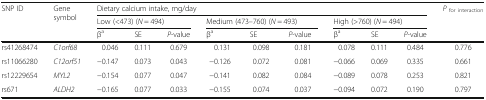
<table><thead><tr><td rowspan="3"><b>SNP ID</b></td><td rowspan="3"><b>Gene symbol</b></td><td colspan="9"><b>Dietary calcium intake, mg/day</b></td><td rowspan="3"><b><i>P</i><sub>for interaction</sub></b></td></tr><tr><td colspan="3"><b>Low (&lt;473) (<i>N</i> = 494)</b></td><td colspan="3"><b>Medium (473–760) (<i>N</i> = 493)</b></td><td colspan="3"><b>High (&gt;760) (<i>N</i> = 494)</b></td></tr><tr><td><b>β<sup>a</sup></b></td><td><b>SE</b></td><td><b><i>P</i>-value</b></td><td><b>β<sup>a</sup></b></td><td><b>SE</b></td><td><b><i>P</i>-value</b></td><td><b>β<sup>a</sup></b></td><td><b>SE</b></td><td><b><i>P</i>-value</b></td></tr></thead><tbody><tr><td>rs41268474</td><td><i>C1orf68</i></td><td>0.046</td><td>0.111</td><td>0.679</td><td>0.131</td><td>0.098</td><td>0.181</td><td>0.078</td><td>0.111</td><td>0.484</td><td>0.776</td></tr><tr><td>rs11066280</td><td><i>C12orf51</i></td><td>−0.147</td><td>0.073</td><td>0.043</td><td>−0.126</td><td>0.072</td><td>0.081</td><td>−0.066</td><td>0.069</td><td>0.335</td><td>0.661</td></tr><tr><td>rs12229654</td><td><i>MYL2</i></td><td>−0.154</td><td>0.077</td><td>0.047</td><td>−0.141</td><td>0.082</td><td>0.084</td><td>−0.089</td><td>0.078</td><td>0.253</td><td>0.821</td></tr><tr><td>rs671</td><td><i>ALDH2</i></td><td>−0.165</td><td>0.077</td><td>0.033</td><td>−0.155</td><td>0.074</td><td>0.037</td><td>−0.094</td><td>0.072</td><td>0.190</td><td>0.797</td></tr></tbody></table>